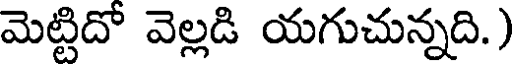
మెట్టిదో వెల్లడి యగుచున్నది.)